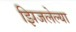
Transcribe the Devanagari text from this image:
झिजलेल्या